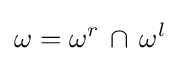
\omega =\omega ^{r}\,\cap \,\omega ^{l}